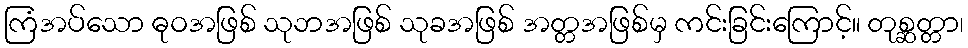
ကြံအပ်သော ဓုဝအဖြစ် သုဘအဖြစ် သုခအဖြစ် အတ္တအဖြစ်မှ ကင်းခြင်းကြောင့်။ တုစ္ဆတ္တာ၊